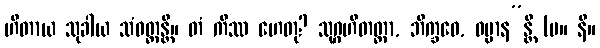
ဟိတာယ သုခါယ သံဝတ္တန္တိ။ တံ ကိဿ ဟေတု? သုဂ္ဂဟိတတ္တာ, ဘိက္ခဝေ, ဓမ္မာန”န္တိ (မ။ နိ။